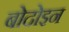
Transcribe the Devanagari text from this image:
बोदोइन